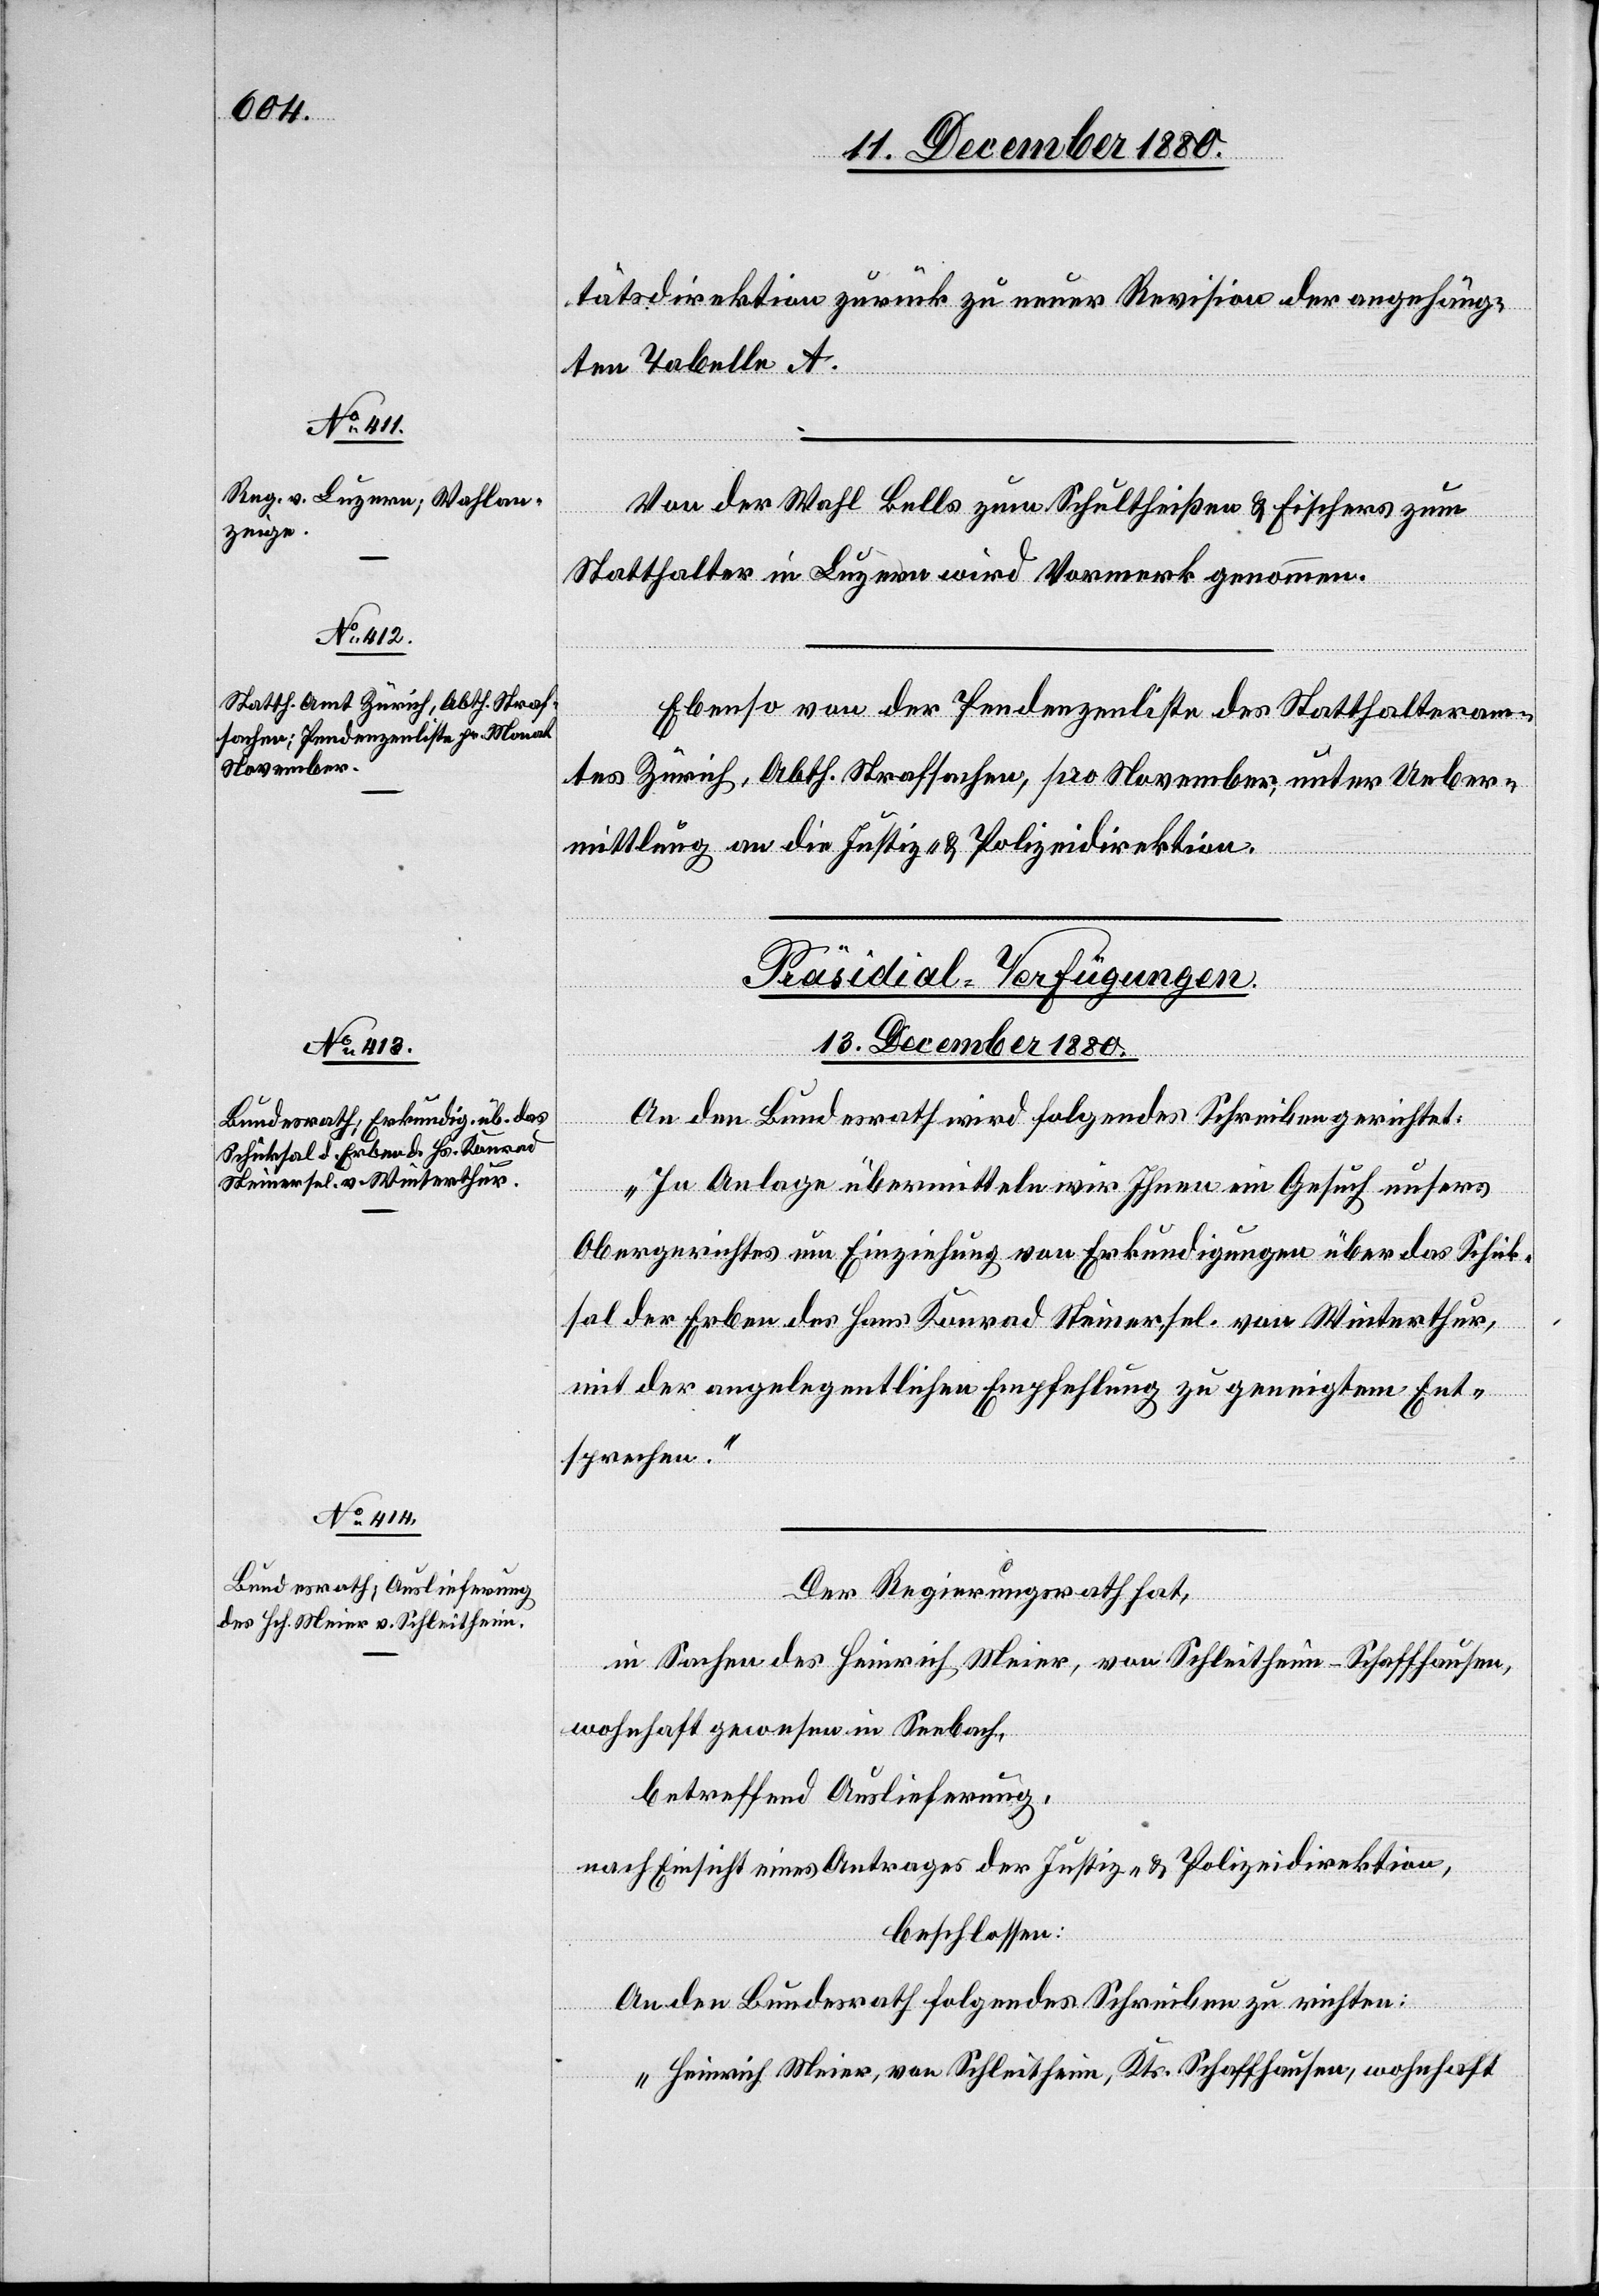
tätsdirektion zurück zu neuer Revision der angehäng¬
ten Tabelle A.
Von der Wahl Bells zum Schultheißen & Fischers zum
Statthalter in Luzern wird Vormerk genommen.
Ebenso von der Pendenzenliste des Statthalteram¬
tes Zürich, Abth. Strafsachen, pro November, unter Ueber¬
mittlung an die Justiz- & Polizeidirektion.
[Präsidial-Verfügungen.
etzung
13. December 1880.]
An den Bundesrath wird folgendes Schreiben gerichtet:
„In Anlage übermitteln wir Ihnen ein Gesuch unser[e]s
Obergerichtes um Einziehung von Erkundigungen über das Schick¬
sal der Erben des Hans Konrad Steiner sel. von Winterthur,
mit der angelegentlichen Empfehlung zu geneigtem Ent¬
sprechen.“
Der Regierungsrath hat,
in Sachen des Heinrich Meier, von Schleitheim - Schaffhausen,
wohnhaft gewesen in Seebach,
betreffend Auslieferung,
nach Einsicht eines Antrages der Justiz- & Polizeidirektion,
beschlossen:
An den Bundesrath folgendes Schreiben zu richten:
„Heinrich Meier, von Schleitheim, Kts. Schaffhausen, wohnhaft